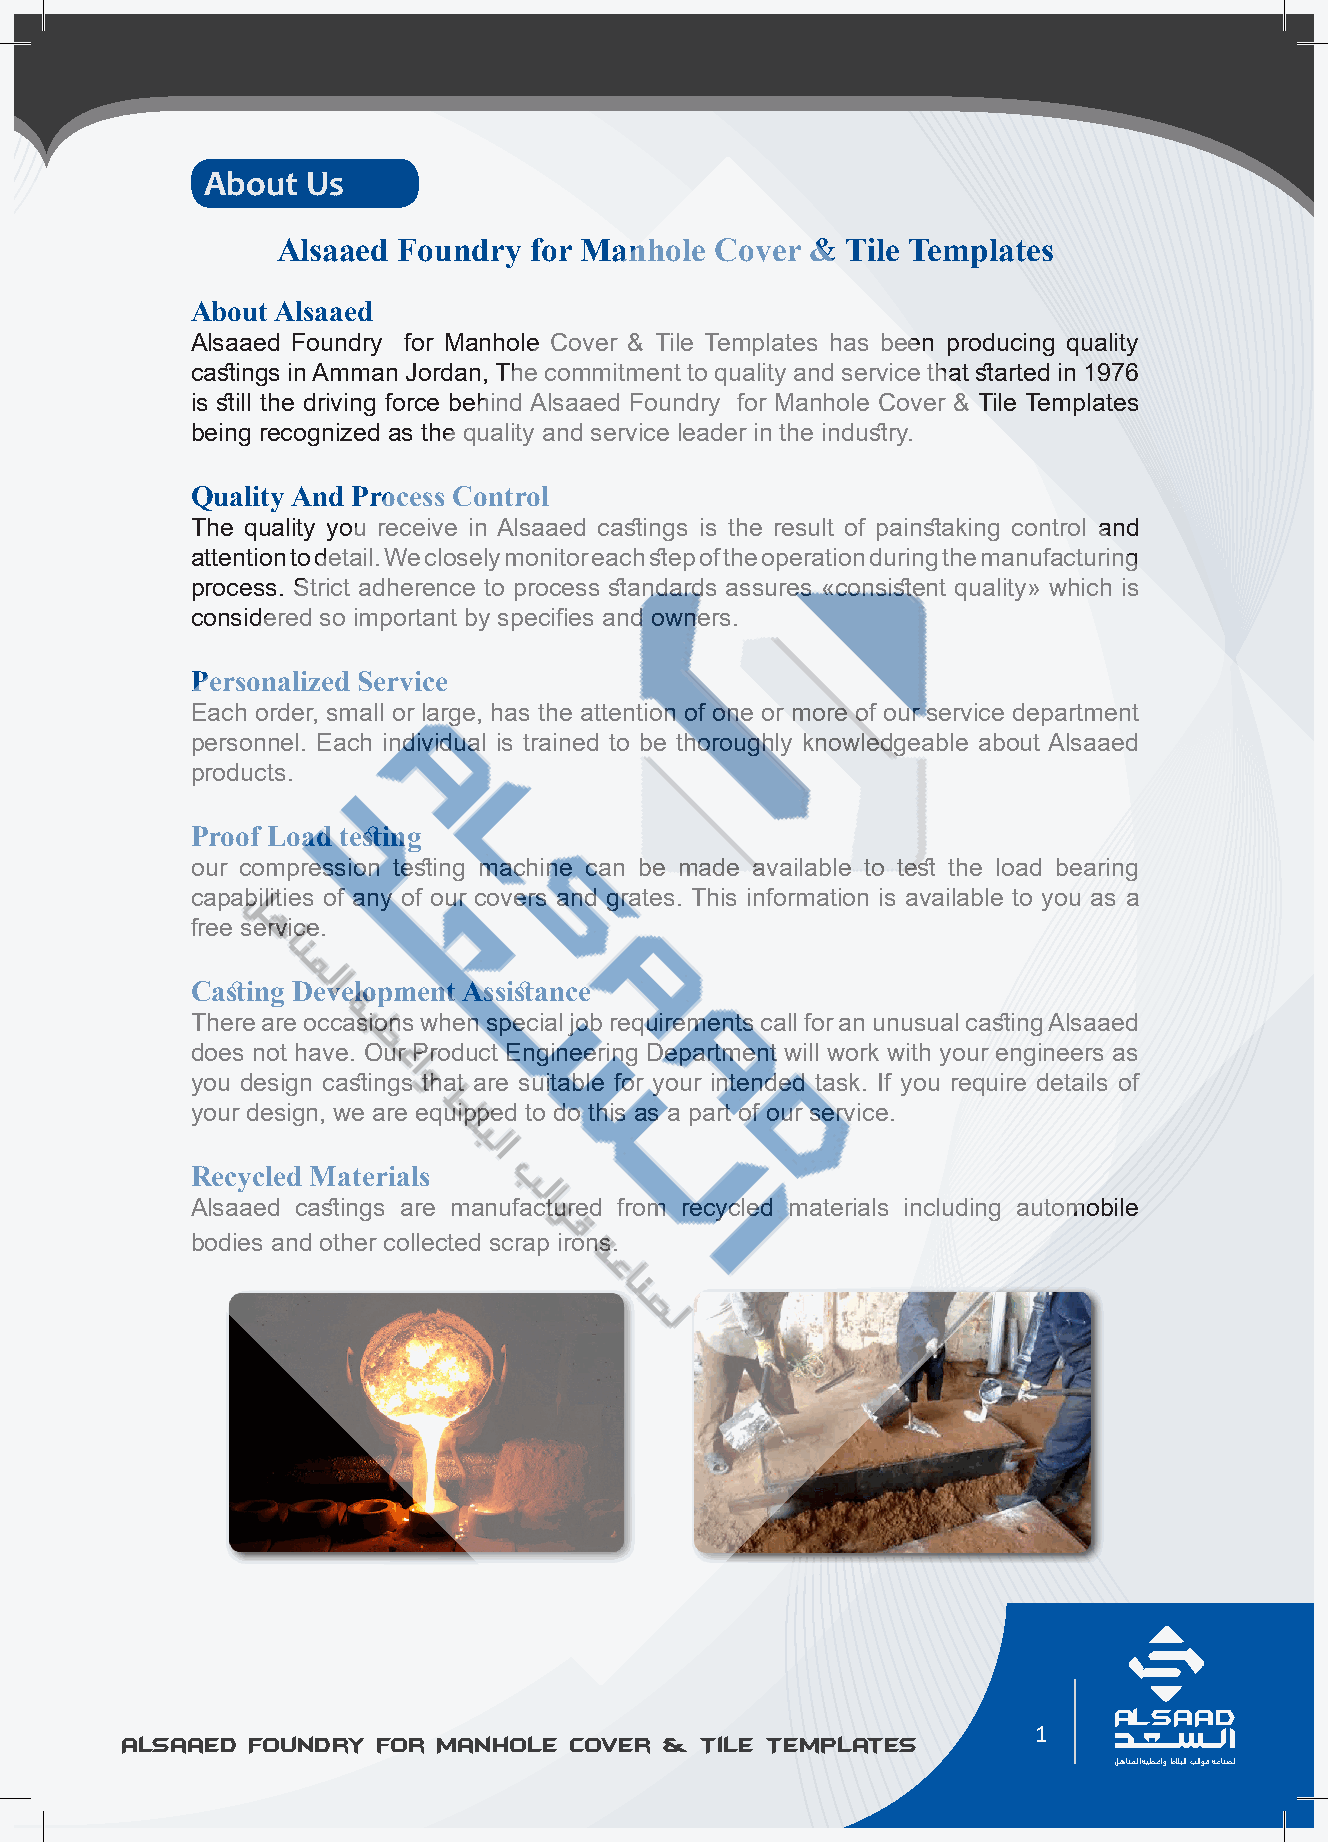
About Us
 Alsaaed Foundry  for Manhole Cover  & Tile Templates
 About Alsaaed
 Alsaaed Foundry for Manhole Cover & Tile Templates has been producing quality
 castings in Amman Jordan, The commitment to quality and service that started in 1976
 is still the driving force behind Alsaaed Foundry for Manhole Cover & Tile Templates
 being recognized as the quality and service leader in the industry.
 Quality And Process Control
 The quality you receive in Alsaaed castings is the result of painstaking control and
 attention to detail. We closely monitor each step of the operation during the manufacturing
 process. Strict adherence to process standards assures «consistent quality» which is
 considered so important by specifies and owners.
 Personalized Service
 Each order, small or large, has the attention of one or more of our service department
 personnel. Each individual is trained to be thoroughly knowledgeable about Alsaaed
 products.
 Proof Load testing
 our compression testing machine can be made available to test the load bearing
 capabilities of any of our covers and grates. This information is available to you as a
 free service.
 Casting Development Assistance
 There are occasions when special job requirements call for an unusual casting Alsaaed
 does not have. Our Product Engineering Department will work with your engineers as
 you design castings that are suitable for your intended task. If you require details of
 your design, we are equipped to do this as a part of our service.
 Recycled Materials
 Alsaaed castings are manufactured from recycled materials including automobile
 bodies and other collected scrap irons.
 AL SAAD                                                                   AL SAAD
 1
 Alsaaed Foundry for Manhole Cover & Tile Templates Alsaaed Foundry for Manhole Cover & Tile Templates
 ﻞﻫﺎﻨﻤﻟا ﺔﻴﻄﻏاو طﻼﺒﻟا ﺐﻟاﻮﻗ ﺔﻋﺎﻨﺼﻟ                                         ﻞﻫﺎﻨﻤﻟا ﺔﻴﻄﻏاو طﻼﺒﻟا ﺐﻟاﻮﻗ ﺔﻋﺎﻨﺼﻟ